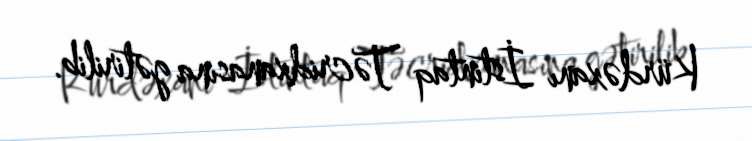
Kürdəxanı İstintaq Təcridxanasına gətirilib.